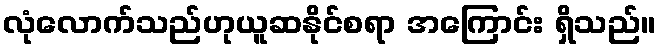
လုံလောက်သည်ဟုယူဆနိုင်စရာ အကြောင်း ရှိသည်။